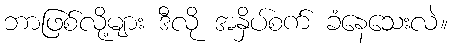
ဘာဖြစ်လို့များ ဒီလို အနှိပ်စက် ခံနေသေးလဲ။